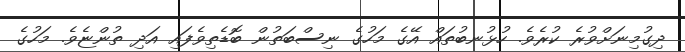
ދިގުމިނަށްވުރެ ކުރެވެ. ހުޅުނބުތައް އޭގެ މަހުގެ ނިސްބަތުން ބޮޑެތިވެފައި އަދި ތުންޏެވެ. މަހުގެ